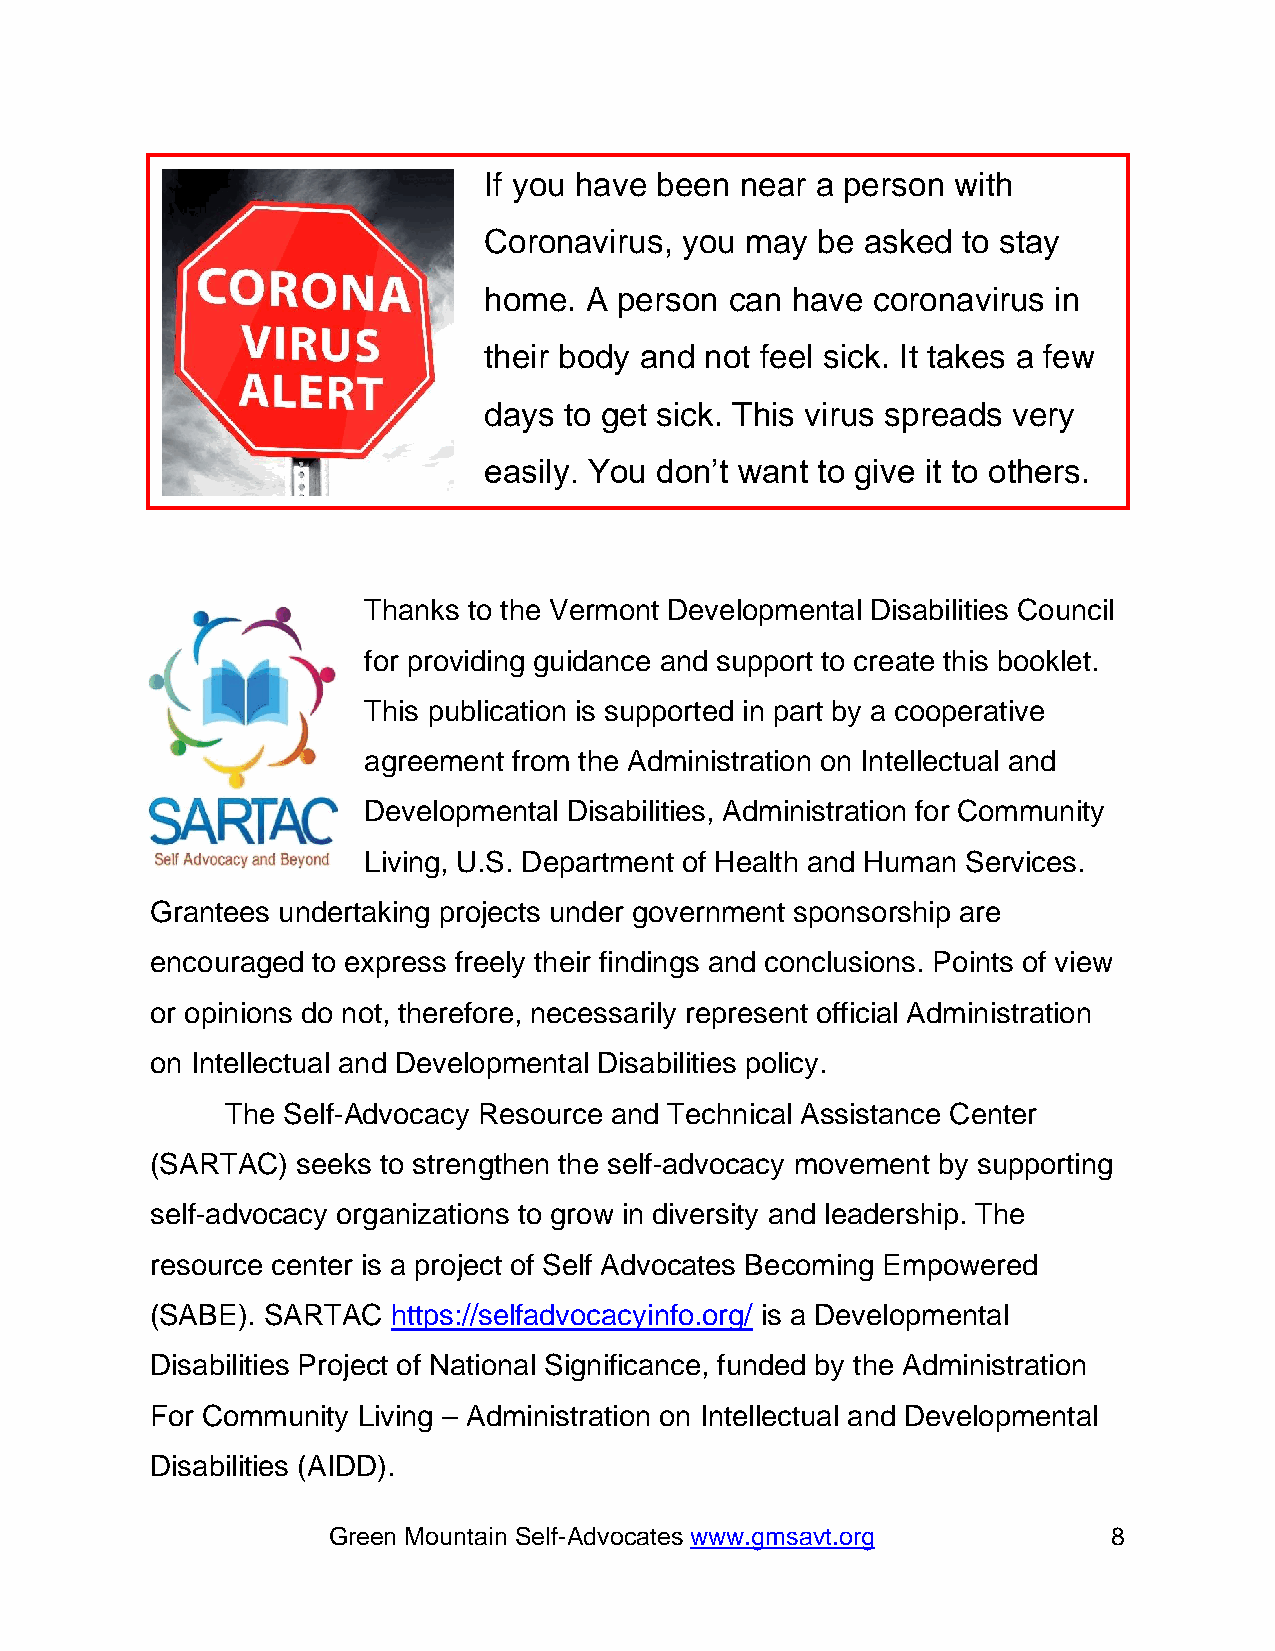
If you have been near a person with
 Coronavirus, you may  be asked  to stay
 home.  A person can have  coronavirus in
 their body and not feel sick. It takes a few
 days to get sick. This virus spreads very
 easily. You don’t want to give it to others.
 Thanks to the Vermont Developmental Disabilities Council
 for providing guidance and support to create this booklet.
 This publication is supported in part by a cooperative
 agreement from the Administration on Intellectual and
 Developmental Disabilities, Administration for Community
 Living, U.S. Department of Health and Human Services.
 Grantees undertaking projects under government sponsorship are
 encouraged to express freely their findings and conclusions. Points of view
 or opinions do not, therefore, necessarily represent official Administration
 on Intellectual and Developmental Disabilities policy.
 The Self-Advocacy Resource and Technical Assistance Center
 (SARTAC)  seeks to strengthen the self-advocacy movement by supporting
 self-advocacy organizations to grow in diversity and leadership. The
 resource center is a project of Self Advocates Becoming Empowered
 (SABE). SARTAC  https://selfadvocacyinfo.org/ is a Developmental
 Disabilities Project of National Significance, funded by the Administration
 For Community Living – Administration on Intellectual and Developmental
 Disabilities (AIDD).
 Green Mountain Self-Advocates www.gmsavt.org        8